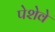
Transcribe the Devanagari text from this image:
पेशेवे